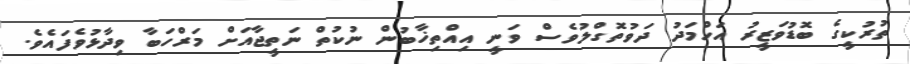
ތުރުކީގެ ބޮޑުވަޒީރު އަހްމަދު ދަވުތޮގްލުވެސް ވަނީ އިއްތިޚާބުން ނުކުތް ނަތީޖާއަށް މަރްހަބާ ވިދާޅުވެފައެވެ.